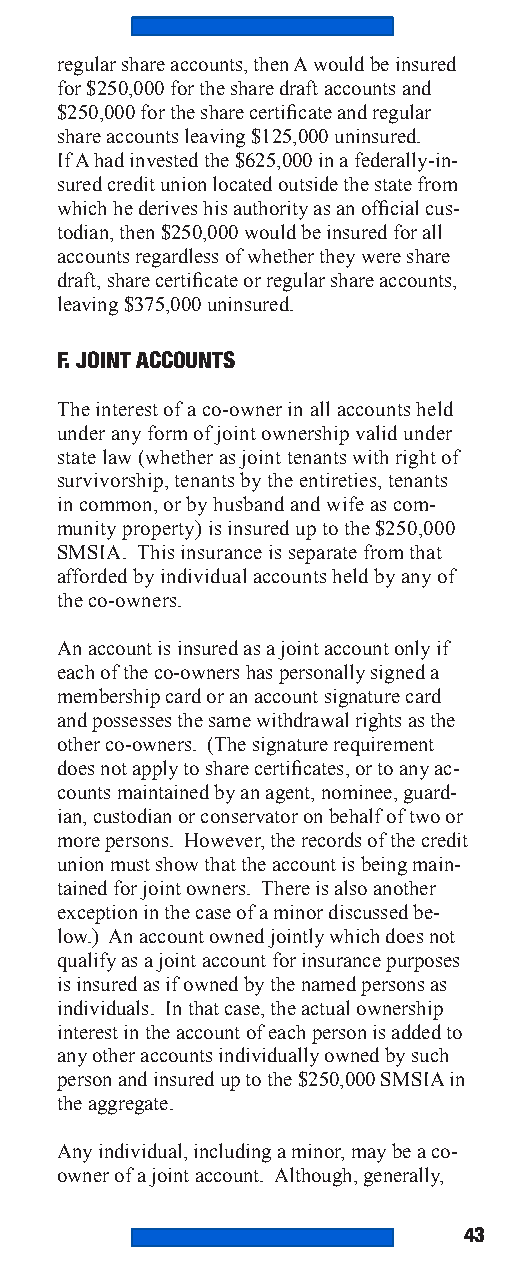
regular share accounts, then A would be insured
 for $250,000 for the share draft accounts and
 $250,000 for the share certificate and regular
 share accounts leaving $125,000 uninsured.
 If A had invested the $625,000 in a federally-in-
 sured credit union located outside the state from
 which he derives his authority as an official cus-
 todian, then $250,000 would be insured for all
 accounts regardless of whether they were share
 draft, share certificate or regular share accounts,
 leaving $375,000 uninsured.
 F. JOINT ACCOUNTS
 The interest of a co-owner in all accounts held
 under any form of joint ownership valid under
 state law (whether as joint tenants with right of
 survivorship, tenants by the entireties, tenants
 in common, or by husband and wife as com-
 munity property) is insured up to the $250,000
 SMSIA. This insurance is separate from that
 afforded by individual accounts held by any of
 the co-owners.
 An account is insured as a joint account only if
 each of the co-owners has personally signed a
 membership card or an account signature card
 and possesses the same withdrawal rights as the
 other co-owners. (The signature requirement
 does not apply to share certificates, or to any ac-
 counts maintained by an agent, nominee, guard-
 ian, custodian or conservator on behalf of two or
 more persons. However, the records of the credit
 union must show that the account is being main-
 tained for joint owners. There is also another
 exception in the case of a minor discussed be-
 low.) An account owned jointly which does not
 qualify as a joint account for insurance purposes
 is insured as if owned by the named persons as
 individuals. In that case, the actual ownership
 interest in the account of each person is added to
 any other accounts individually owned by such
 person and insured up to the $250,000 SMSIA in
 the aggregate.
 Any individual, including a minor, may be a co-
 owner of a joint account. Although, generally,
 43